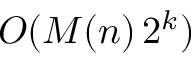
O ( M ( n ) \, 2 ^ { k } )